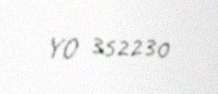
YO 352230